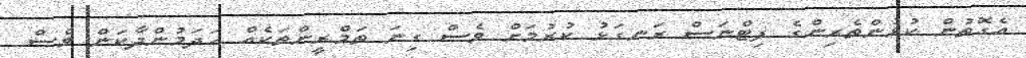
އެގޮތުން ކުޅުންތެރިންގެ ފިޓްނަސް ރަނގަޅު ކުރުމަށް ވެސް ގިނަ ތަމްރީންތަކެއް ހަދަމުންދާކަން ވެސް